Civil Veterinary Dept. North-West Frontier Province 1901-22 - 1901-1922
Year: 1901
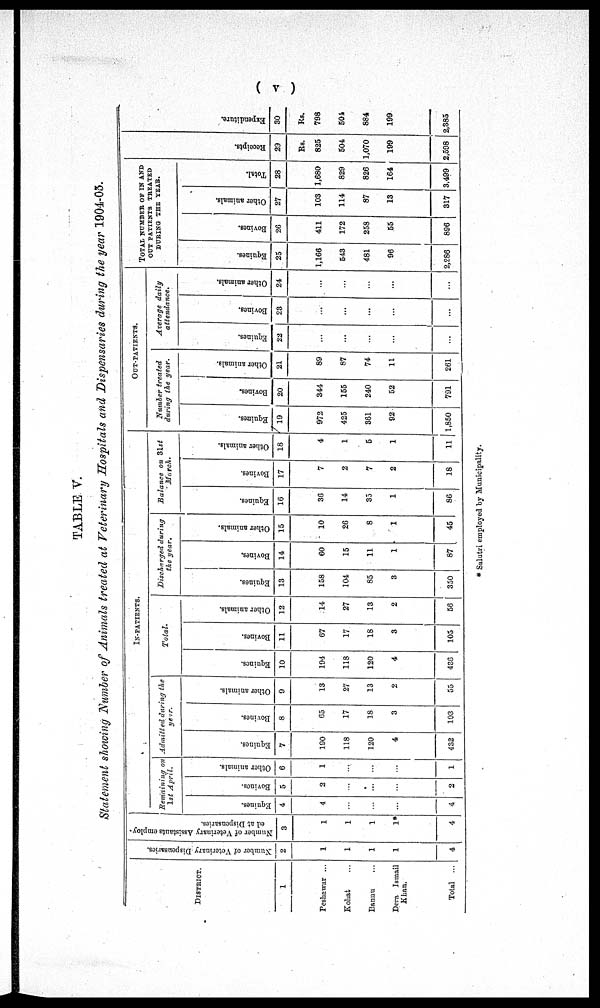
(v)
TABLE V.
Statement showing Number of Animals treated at Veterinary Hospitals and Dispensaries during the year 1904-05.
DISTRICT.
1
Peshawar ...
Kohat ...
Bannu ...
Dera Ismail
Khan.
Total ...
Number
of Veterinary Dispensaries.
2
1
1
1
1
4
Number of Veterinary Assistants employ-
ed at Dispensaries.
3
1
1
1
1*
4
IN-PATIENTS.
Remaining on
1st April.
Equines.
4
4
...
...
...
4
Bovines.
5
2
...
...
...
2
Other animals.
6
1
...
...
...
1
Admitted during the
year.
Equines.
7
190
118
120
4
432
Bovines.
8
65
17
18
3
103
Other animals.
9
13
27
13
2
55
Total.
Equines.
10
194
118
120
4
436
Bovines.
11
67
17
18
3
105
Other animals.
12
14
27
13
2
56
Discharged during
the year.
Equines.
13
158
104
85
3
350
Bovines.
14
60
15
11
1
87
Other animals.
15
10
26
8
1
45
Balance on 31st
March.
Equines.
16
36
14
35
1
86
Bovines.
17
7
2
7
2
18
Other animals.
18
4
1
5
1
11
OUT-PATIENTS.
Number treated
during the year.
Equines.
19
972
425
361
92
1,850
Bovines.
20
344
155
240
52
791
Other animals.
21
89
87
74
11
261
Average daily
attendance.
Equines.
22
...
...
...
...
...
Bovines.
23
...
...
...
...
...
Other animals.
24
...
...
...
...
...
TOTAL NUMBER OF IN AND
OUT PATIENTS TREATED
DURING THE YEAR.
Equines.
25
1,166
543
481
96
2,286
Bovines.
26
411
172
258
55
896
Other animals.
27
103
114
87
13
317
Total.
28
1,680
829
826
164
3,499
Receipts.
29
Rs.
825
504
1,070
199
2,598
Expenditure.
30
Rs.
798
504
884
199
2,385
* Sulutri employed by Municipality.